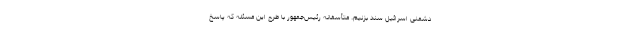
دشمنی اسرائیل سند بزنیم. متأسفانه رئیس‌جمهور با طرح این مسئله که پاسخ